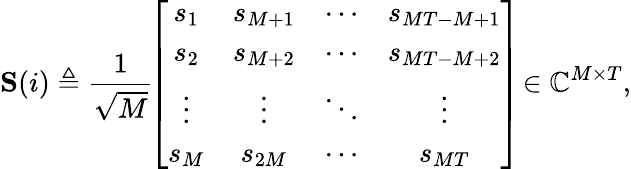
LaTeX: \mathbf{S}(i)\triangleq\frac{1}{\sqrt{M}}\! \left[\begin{array}{cccc}{s_{1}}&{s_{M+1}}&{\cdots}&{s_{MT-M+1}}\\ {s_{2}}&{s_{M+2}}&{\cdots}&{s_{MT-M+2}}\\ {\vdots}&{\vdots}&{\ddots}&{\vdots}\\ {s_{M}}&{s_{2M}}&{\cdots}&{s_{MT}}\end{array}\right]\! \in\mathbb{C}^{M\times T},